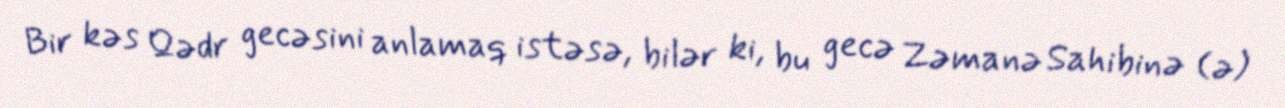
Bir kəs Qədr gecəsini anlamaq istəsə, bilər ki, bu gecə Zəmanə Sahibinə (ə)